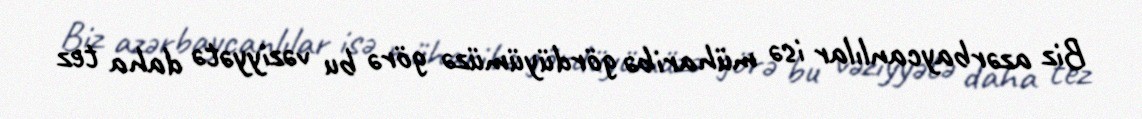
Biz azərbaycanlılar isə müharibə gördüyümüzə görə bu vəziyyətə daha tez